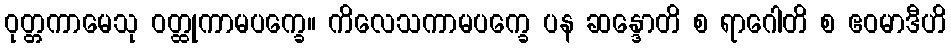
ဝုတ္တကာမေသု ဝတ္ထုကာမပက္ခေ။ ကိလေသကာမပက္ခေ ပန ဆန္ဒောတိ စ ရာဂေါတိ စ ဧဝမာဒီဟိ